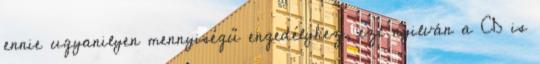
ennie ugyanilyen mennyiségű engedélyhez, ezt nyilván a CD is